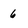
Character: 6